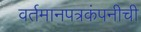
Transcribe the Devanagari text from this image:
वर्तमानपत्रकंपनीची